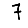
Digit: 7